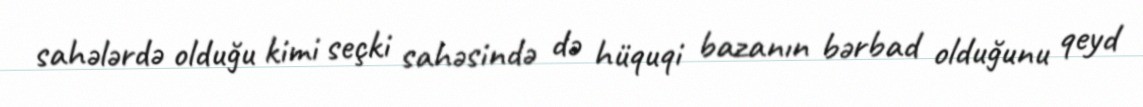
sahələrdə olduğu kimi seçki sahəsində də hüquqi bazanın bərbad olduğunu qeyd